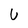
Character: U